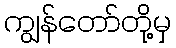
ကျွန်တော်တို့မှ